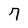
Character: 7